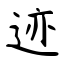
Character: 迹